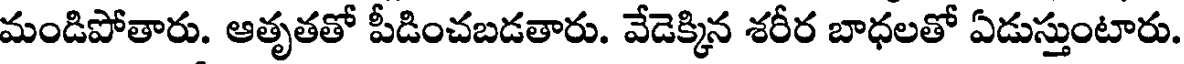
మండిపోతారు. ఆతృతతో పీడించబడతారు. వేడెక్కిన శరీర బాధలతో ఏడుస్తుంటారు.